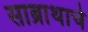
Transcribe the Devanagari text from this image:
साब्राथाचे